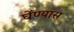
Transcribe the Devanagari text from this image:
घेंण्यास